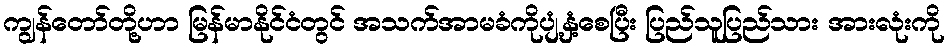
ကျွန်တော်တို့ဟာ မြန်မာနိုင်ငံတွင် အသက်အာမခံကိုပျံ့နှံ့စေပြီး ပြည်သူပြည်သား အားလုံးကို